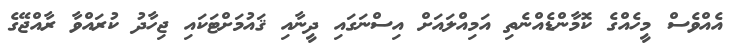
އެއްވެސް މީހެއްގެ ކޮމާންޑެއްނެތި އަމިއްލައަށް އިސްނަގައި ދީނާއި ޤައުމަށްޓަކައި ޖިހާދު ކުރައްވާ ރާއްޖޭގެ